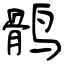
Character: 鹘